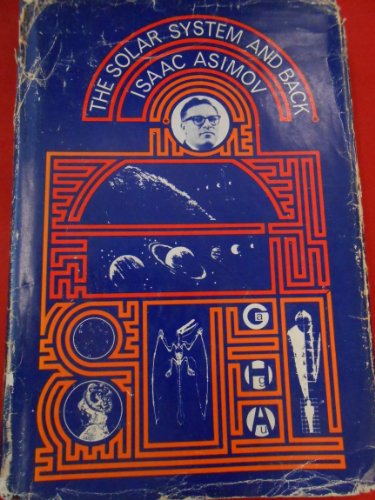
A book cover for The Solar System and Back; Isaac Asimov; Science & Math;